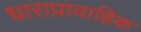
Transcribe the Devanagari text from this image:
धाराप्रावाहिक